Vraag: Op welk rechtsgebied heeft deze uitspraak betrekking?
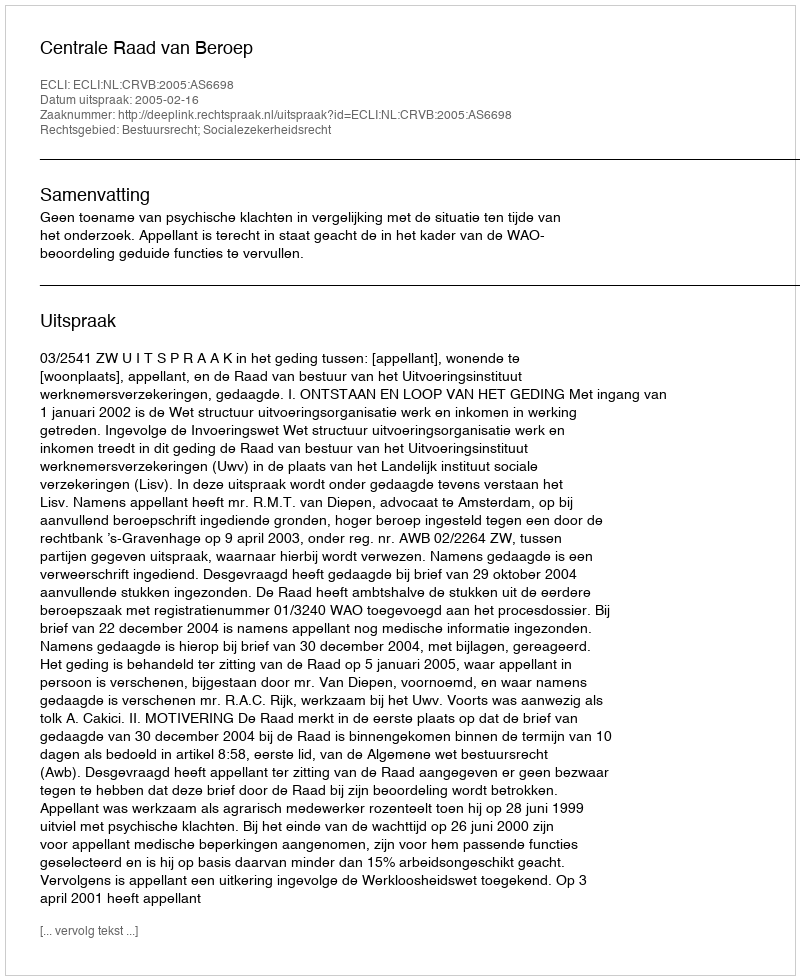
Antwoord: Bestuursrecht; Socialezekerheidsrecht